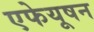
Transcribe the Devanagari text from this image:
एफेयूषन